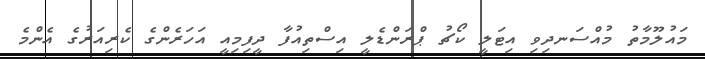
މައުލޫމާތު މުއްސަނދިވި އިޓަލީ ކޯޗު ޕްރަންޑެލީ އިސްތިއުފާ ދީފިމިއީ އަހަރެންގެ ކެރިއަރުގެ އެންމެ